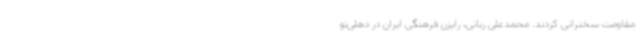
مقاومت سخنرانی کردند. محمدعلی ربانی، رایزن فرهنگی ایران در دهلی‌نو